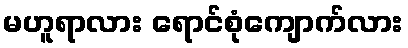
မဟူရာလား ရောင်စုံကျောက်လား